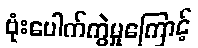
ဗုံးပေါက်ကွဲမှုကြောင့်